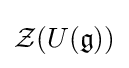
{\mathcal {Z}}(U({\mathfrak {g}}))